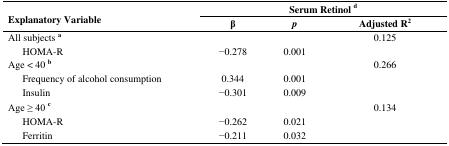
<table><thead><tr><td rowspan="2"><b>Explanatory Variable</b></td><td colspan="3"><b>Serum Retinol <sup>d</sup></b></td></tr><tr><td><b>β</b></td><td><b><i>p</i></b></td><td><b>Adjusted R<sup>2</sup></b></td></tr></thead><tbody><tr><td>All subjects <b><sup>a</sup></b></td><td></td><td></td><td>0.125</td></tr><tr><td> HOMA-R </td><td>−0.278</td><td>0.001</td><td></td></tr><tr><td>Age &lt; 40 <b><sup>b</sup></b></td><td></td><td></td><td>0.266</td></tr><tr><td> Frequency of alcohol consumption</td><td>0.344</td><td>0.001</td><td></td></tr><tr><td> Insulin</td><td>−0.301</td><td>0.009</td><td></td></tr><tr><td>Age ≥ 40 <b><sup>c</sup></b></td><td></td><td></td><td>0.134</td></tr><tr><td> HOMA-R </td><td>−0.262</td><td>0.021</td><td></td></tr><tr><td> Ferritin</td><td>−0.211</td><td>0.032</td><td></td></tr></tbody></table>